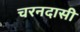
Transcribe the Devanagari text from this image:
चरनदासी